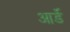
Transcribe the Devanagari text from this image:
आर्डे